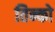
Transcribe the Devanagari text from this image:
तिन्को